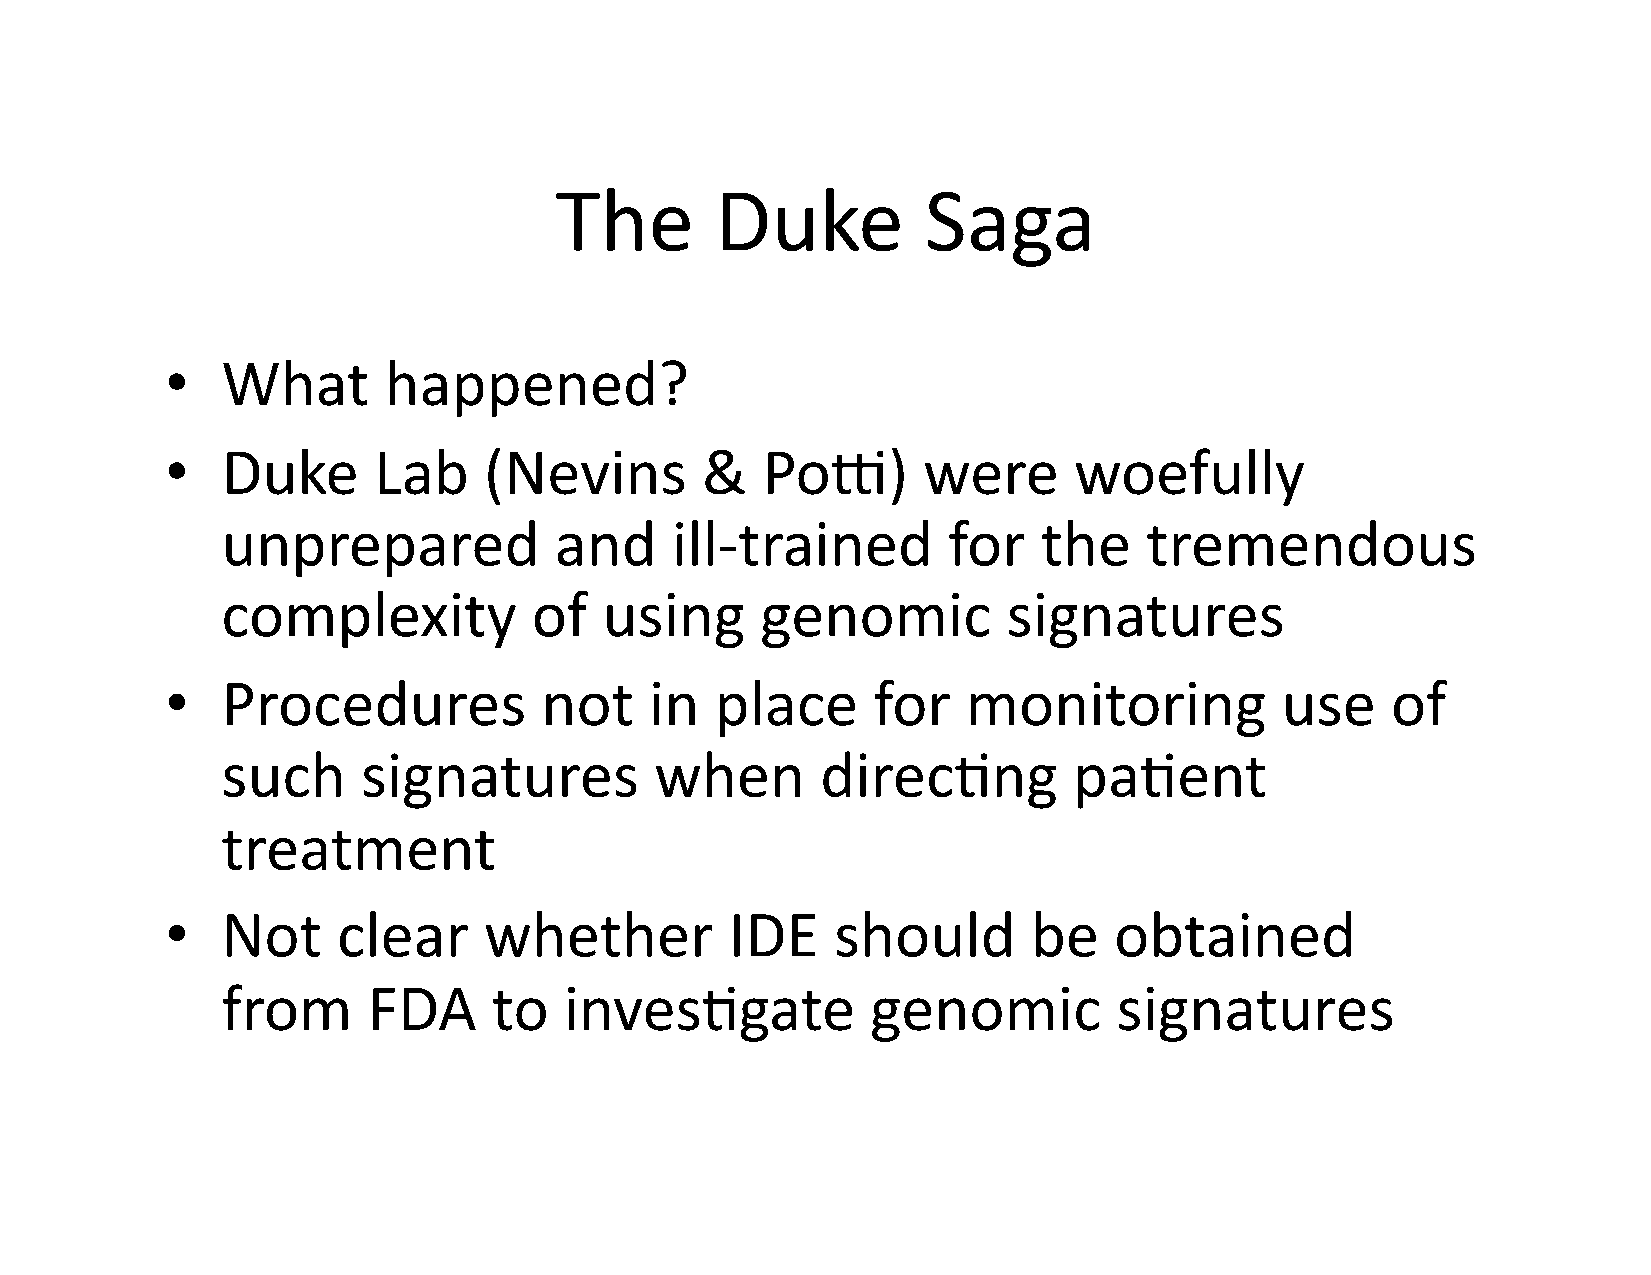
The       Duke          Saga
 •   What      happened?
 •   Duke      Lab    (Nevins       &   Poj)       were      woefully
 unprepared            and    ill-­‐trained      for   the    tremendous
 complexity          of   using     genomic          signatures
 •   Procedures           not    in  place      for   monitoring           use    of
 such     signatures         when       direc$ng         pa$ent
 treatment
 •   Not    clear     whether         IDE    should       be    obtained
 from     FDA      to  inves$gate           genomic         signatures